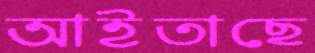
আইতাছে